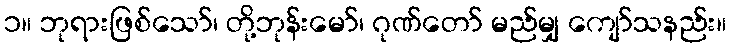
၁။ ဘုရားဖြစ်သော်၊ တို့ဘုန်းမော်၊ ဂုဏ်တော် မည်မျှ ကျော်သနည်း။